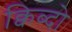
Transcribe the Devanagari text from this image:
क्विब्दो